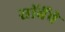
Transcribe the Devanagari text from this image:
सॉर्बेचे